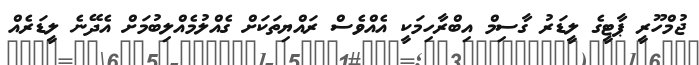
ޖުމްހޫރީ ޕާޓީގެ ލީޑަރު ގާސިމް އިބްރާހިމަކީ އެއްވެސް ރައްޔިތަކަށް ގެއްލުމެއްލިބުމަށް އެދޭނެ ލީޑަރެއް